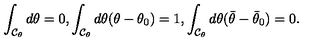
\int _ { { \cal C } _ { \theta } } d \theta = 0 , \int _ { { \cal C } _ { \theta } } d \theta ( \theta - \theta _ { 0 } ) = 1 , \int _ { { \cal C } _ { \theta } } d \theta ( \bar { \theta } - \bar { \theta } _ { 0 } ) = 0 .